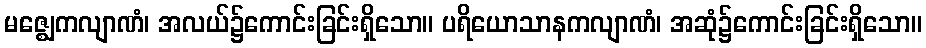
မဇ္ဈေကလျာဏံ၊ အလယ်၌ကောင်းခြင်းရှိသော။ ပရိယောသာနကလျာဏံ၊ အဆုံ၌ကောင်းခြင်းရှိသော။